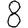
Digit: 8